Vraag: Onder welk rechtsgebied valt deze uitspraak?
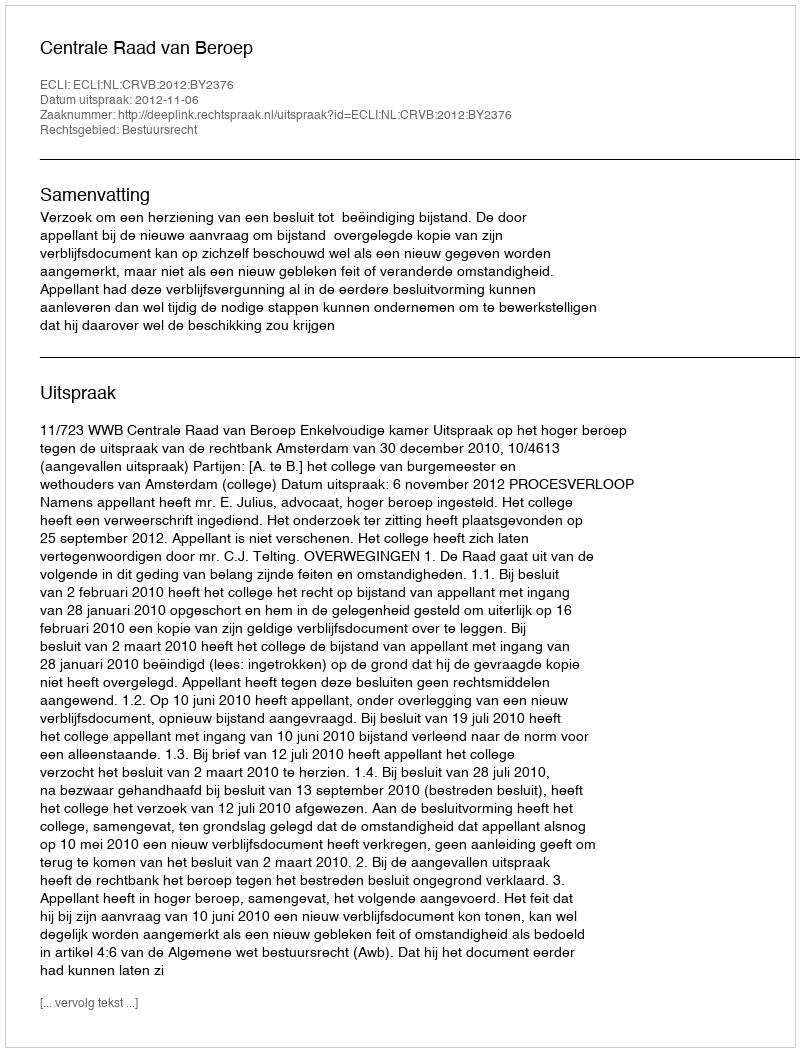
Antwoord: Bestuursrecht